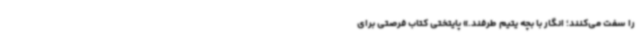
را سفت می‌کنند؛ انگار با بچه یتیم طرفند.‌» پایتختی کتاب فرصتی برای